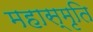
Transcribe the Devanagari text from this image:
महास्मृति